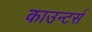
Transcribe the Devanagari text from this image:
काउन्टर्स